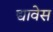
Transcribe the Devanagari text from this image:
द्यावेस